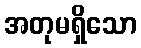
အတုမရှိသော